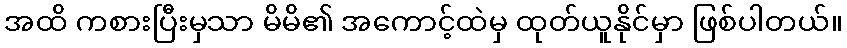
အထိ ကစားပြီးမှသာ မိမိ၏ အကောင့်ထဲမှ ထုတ်ယူနိုင်မှာ ဖြစ်ပါတယ်။